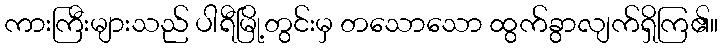
ကားကြီးများသည် ပါရီမြို့တွင်းမှ တသောသော ထွက်ခွာလျက်ရှိကြ၏။